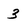
Character: 3